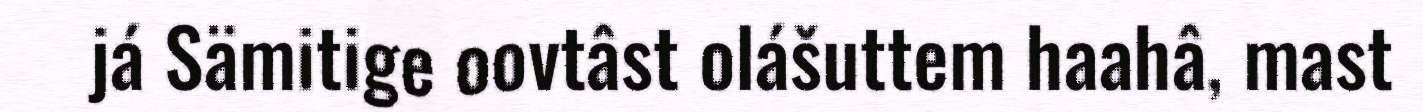
já Sämitige oovtâst olášuttem haahâ, mast